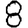
Digit: 8